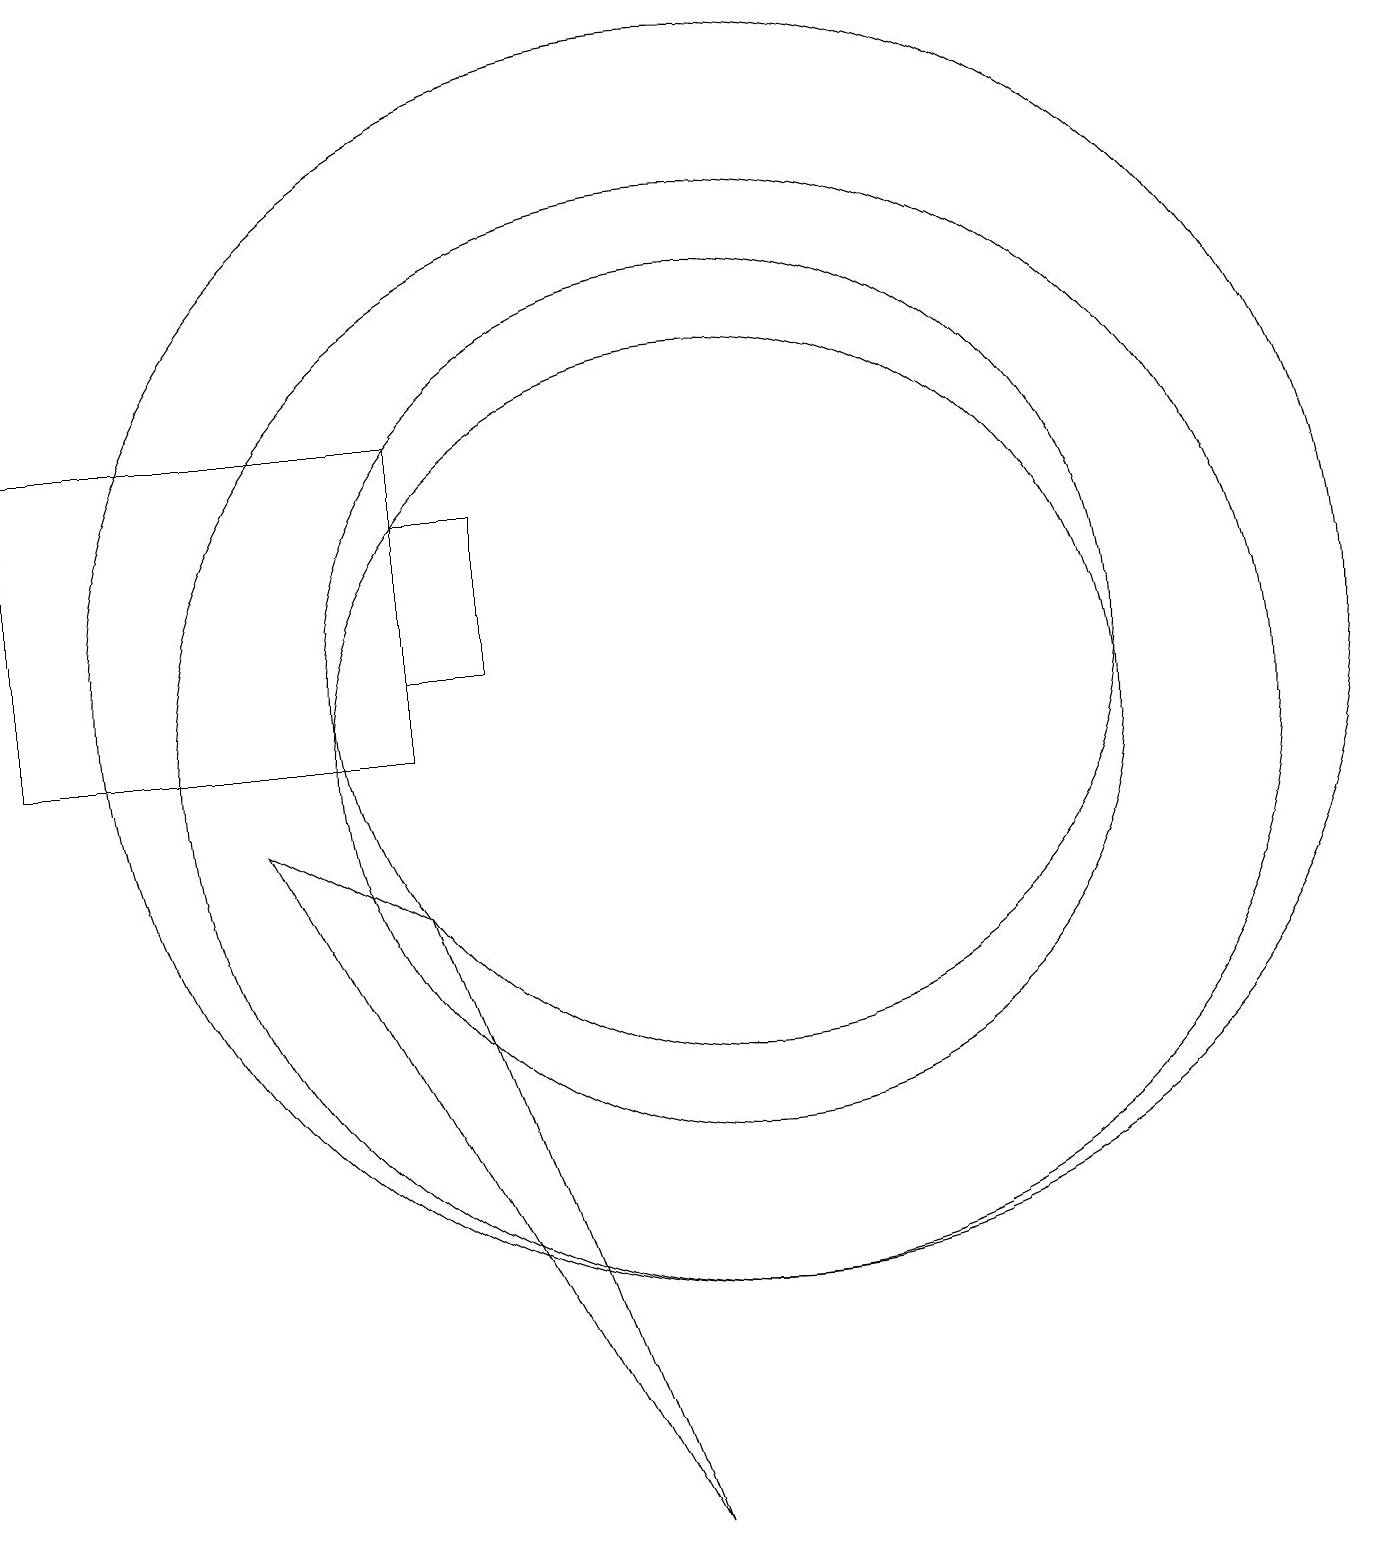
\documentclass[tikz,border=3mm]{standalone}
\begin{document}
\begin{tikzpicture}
\draw (6,14) rectangle (1,10);
\draw (7,11) rectangle (6,13);
\draw (10,11) circle (5);
\draw (10,10) circle (5);
\draw (10,11) circle (8);
\draw (10,10) circle (7);
\draw (4,9) -- (9,0) -- (6,8) -- cycle;
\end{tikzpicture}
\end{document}